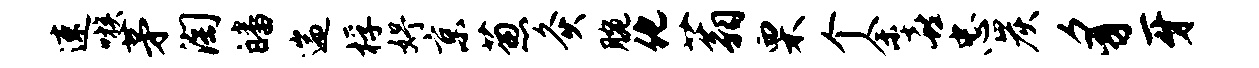
速嗾茅淘皤遄桴妤京葱灸腕化蓊栗个余喜忠炭豸牙